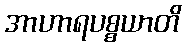
အာဟာရပစ္စယာတိ